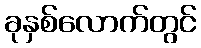
ခုနှစ်လောက်တွင်